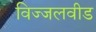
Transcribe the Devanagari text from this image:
विज्जलवीड